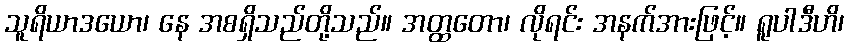
သူရိယာဒယော၊ နေ အစရှိသည်တို့သည်။ အတ္ထတော၊ လိုရင်း အနက်အားဖြင့်။ ရူပါဒီဟိ၊